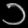
Digit: ၁